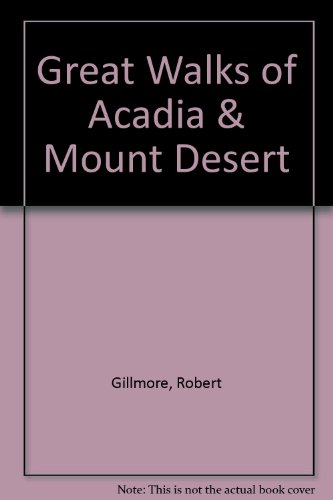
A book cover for Great Walks of Acadia National Park & Mount Desert Island; Robert Gilmore; Travel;